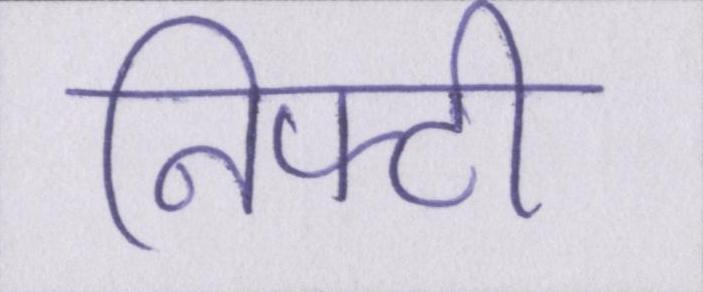
निफ्टी